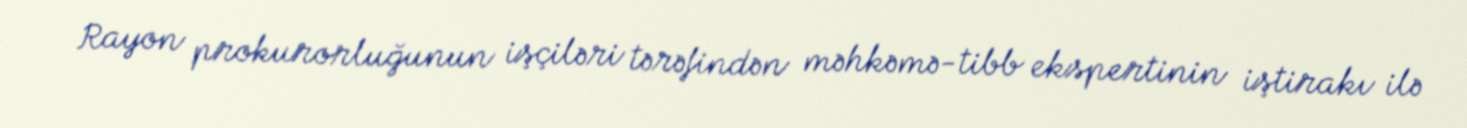
Rayon prokurorluğunun işçiləri tərəfindən məhkəmə-tibb ekspertinin iştirakı ilə